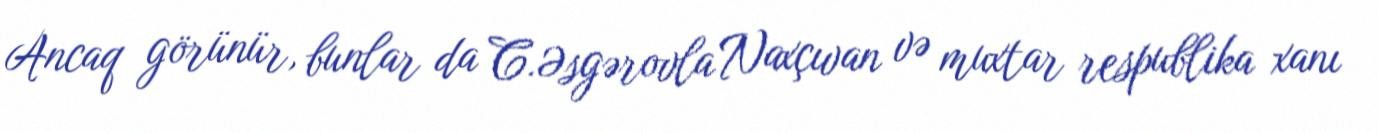
Ancaq görünür, bunlar da C.Əsgərovla Naxçıvan və muxtar respublika xanı